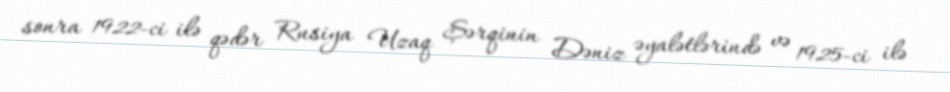
sonra 1922-ci ilə qədər Rusiya Uzaq Şərqinin Dəniz əyalətlərində və 1925-ci ilə